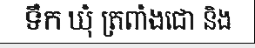
ទឹក ឃុំ ត្រពាំងជោ និង